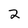
Character: 2